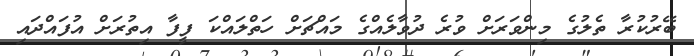
ބޭރުކުރާ ތެލުގެ މިންވަރަށް ވުރެ ދުވާލެއްގެ މައްޗަށް ހަތްލައްކަ ފީފާ އިތުރަށް އުފައްދައި